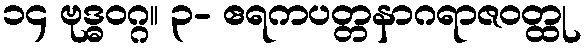
၁၄ ဗုဒ္ဓဝဂ္ဂ။ ၃- ဧရကပတ္တနာဂရာဇဝတ္ထု